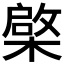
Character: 𣘼